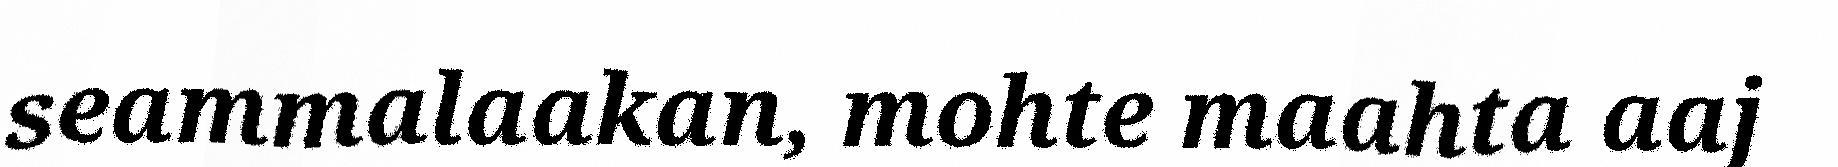
seammalaakan, mohte maahta aaj